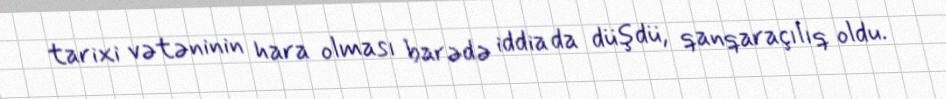
tarixi vətəninin hara olması barədə iddia da düşdü, qanqaraçılıq oldu.